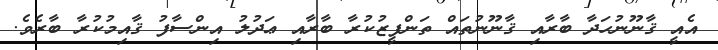
އެއީ ޤާނޫނުހަދާ ބާރާއި ޤާނޫނުތައް ތަންފީޒުކުރާ ބާރާއި ޢަދުލު އިންސާފު ޤާއިމުކުރާ ބާރެވެ.